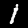
Label: 1